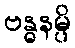
ဗန္ဓနမ္ပိ